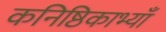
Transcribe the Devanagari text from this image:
कनिष्ठिकाभ्याँ